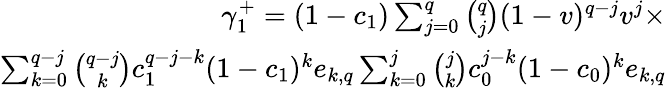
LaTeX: \begin{array}{r}{\gamma_{1}^{+}=(1-c_{1})\sum_{j=0}^{q}{\binom{q}{j}}(1-v)^{q-j}v^{j}\times}\\ {\sum_{k=0}^{q-j}{\binom{q-j}{k}}c_{1}^{q-j-k}(1-c_{1})^{k}e_{k,q}\sum_{k=0}^{j}{\binom{j}{k}}c_{0}^{j-k}(1-c_{0})^{k}e_{k,q}}\end{array}